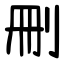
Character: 删